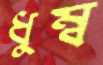
ধুম্ব